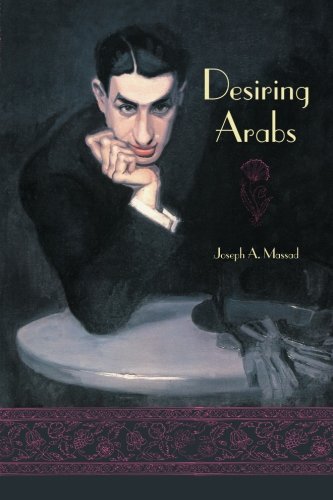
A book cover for Desiring Arabs; Joseph A. Massad; Gay & Lesbian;